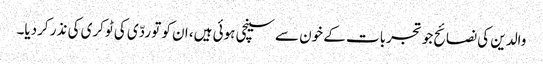
والدین کی نصائح جو تجربات کے خون سے سینچی ہوئی ہیں، ان کو تو ردّی کی ٹوکری کی نذر کردیا۔